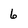
Character: 6